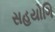
સહયોગિ